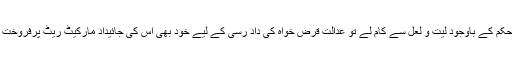
اگر وہ عدالتی حکم کے باوجود لیت و لعل سے کام لے تو عدالت قرض خواہ کی داد رسی کے لیے خود بھی اس کی جائیداد مارکیٹ ریٹ پرفروخت کر سکتی ہے۔